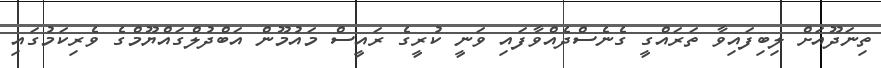
ތިނަދޫއަށް ލިބިފައިވާ ތަރައްގީ ގެނެސްދެއްވާފައި ވަނީ ކުރީގެ ރައީސް މައުމޫން އަބްދުލްގައްޔޫމްގެ ވެރިކަމުގައި